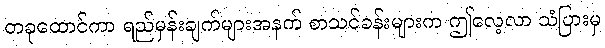
တခုထောင်ကာ ရည်မှန်းချက်များအနက် စာသင်ခန်းများက ဤလေ့လာ သံပြားမှ